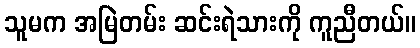
သူမက အမြဲတမ်း ဆင်းရဲသားကို ကူညီတယ်။